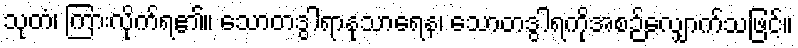
သုတံ၊ ကြားလိုက်ရ၏။ သောတဒွါရာနုသာရေန၊ သောတဒွါရကိုအစဉ်လျှောက်သဖြင့်။